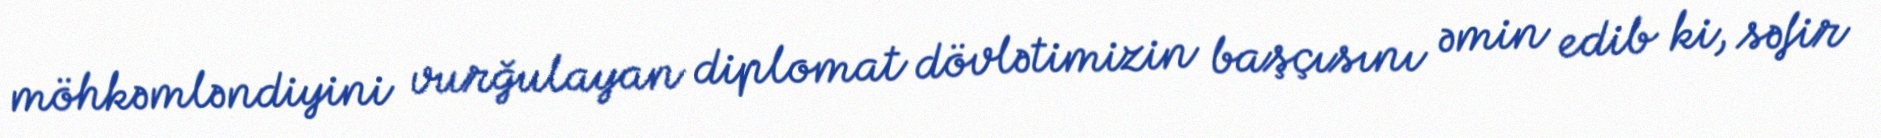
möhkəmləndiyini vurğulayan diplomat dövlətimizin başçısını əmin edib ki, səfir